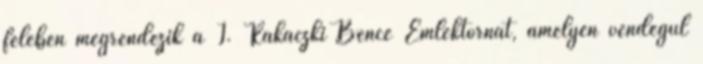
felében megrendezik a I. Rakaczki Bence Emléktornát, amelyen vendégül